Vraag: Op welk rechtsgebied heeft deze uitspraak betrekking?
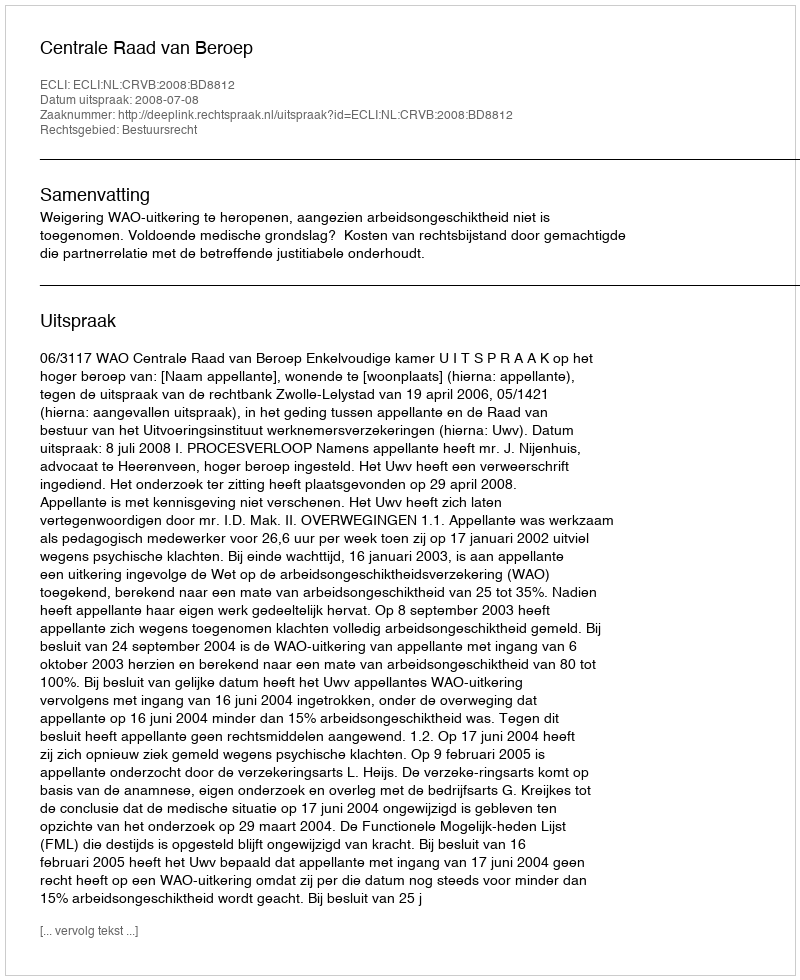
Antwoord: Bestuursrecht